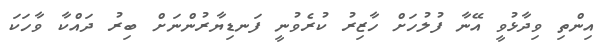
އިންތި ވިދާޅުވީ އޭނާ ފުލުހަށް ހާޒިރު ކުރެވުނީ ފަނޑިޔާރުންނަށް ބިރު ދައްކާ ވާހަކަ